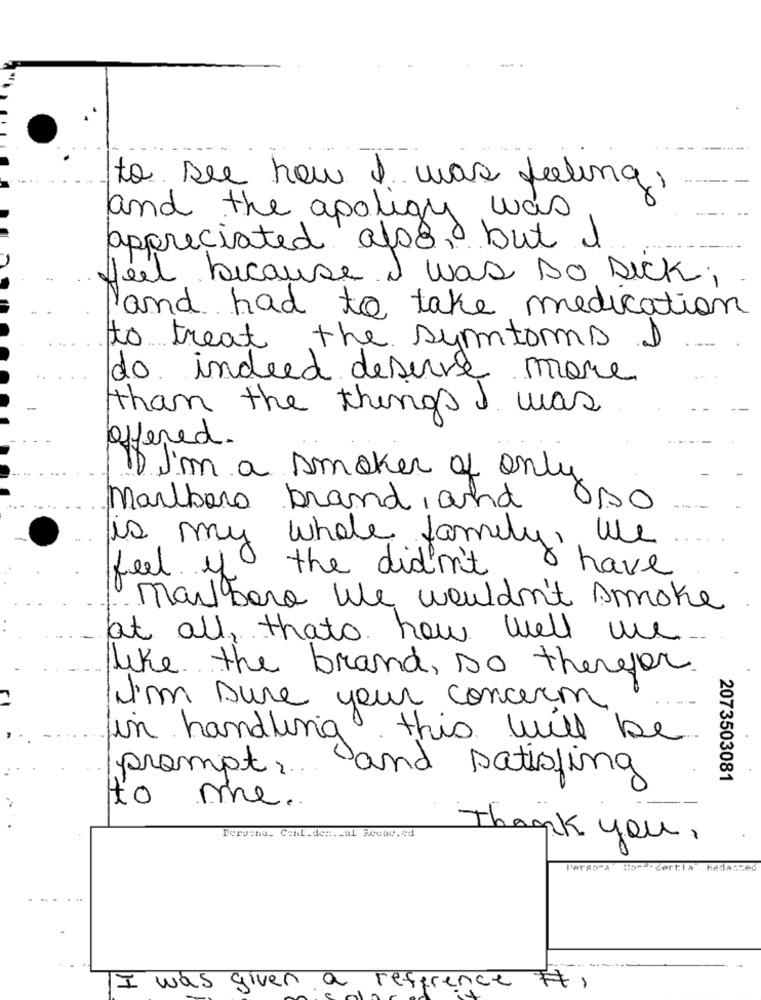
to see how I was feeling.
and the apology was
appreciated also, but I
feel because I was Do sick;
and had to take medication
to treat the symptoms.
do indeed deserve more
than the things I was
offered.
If I'm a smoker of only
marlboro brand, and
SAO
is my whole family, we
& have
feel of the didn't
marlboro We wouldn't smoke
at all, thats how well we
like the brand, so therefor
I'm sure your concern
in handling this will be
prompt and satisfing
2073503081
to me.
Deruchu_ Cont_de :._ al Reone.cd
Thank you,
Persona
Cows certia
Hadaszed
1
I was given a refer.
ce